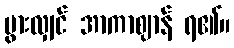
ပွားလျှင် အာကာဈာန် ရ၏။